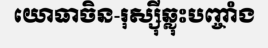
យោធាចិន-រុស្ស៊ីឆ្លុះបញ្ចាំង